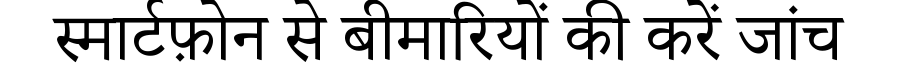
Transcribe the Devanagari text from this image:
स्मार्टफ़ोन से बीमारियों की करें जांच